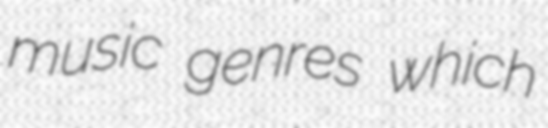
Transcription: music genres which